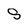
Character: S